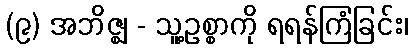
(၉) အဘိဇ္ဈ - သူ့ဥစ္စာကို ရရန်ကြံခြင်း၊